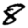
Digit: 8